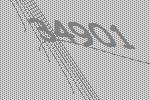
34901